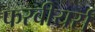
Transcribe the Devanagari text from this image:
फरबीयर्स